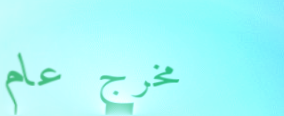
مخرج عام